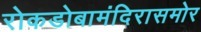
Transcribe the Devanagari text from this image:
रोकडोबामंदिरासमोर